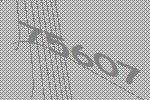
75607